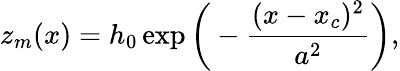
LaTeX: z_{m}(x)=h_{0}\exp\bigg(-\frac{(x-x_{c})^{2}}{a^{2}}\bigg),